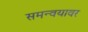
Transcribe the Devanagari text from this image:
समन्वयावर